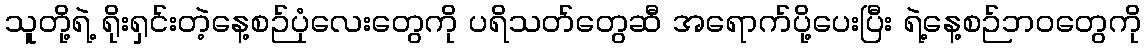
သူတို့ရဲ့ ရိုးရှင်းတဲ့နေ့စဉ်ပုံလေးတွေကို ပရိသတ်တွေဆီ အရောက်ပို့ပေးပြီး ရဲ့နေ့စဉ်ဘဝတွေကို